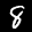
Digit: 8